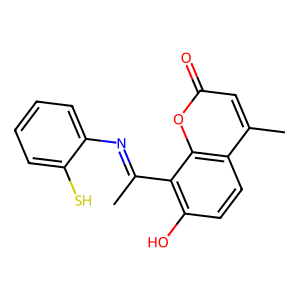
SMILES: CC(=Nc1ccccc1S)c1c(O)ccc2c(C)cc(=O)oc12
Inhibits HIV replication: No